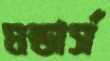
মন্ডার্স